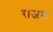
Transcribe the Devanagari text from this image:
राजरू